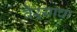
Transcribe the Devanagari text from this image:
वैऱ्याचा